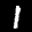
Digit: 1